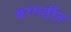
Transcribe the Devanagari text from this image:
बरगडींत